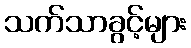
သက်သာခွင့်များ